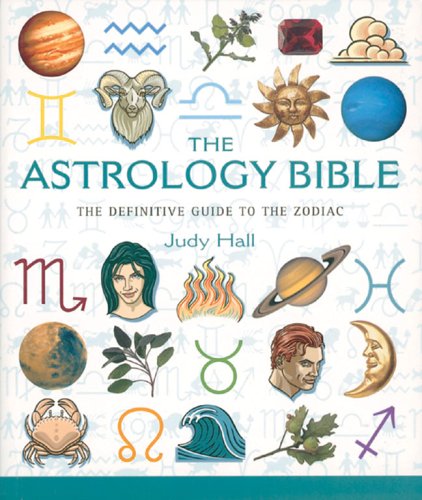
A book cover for The Astrology Bible: The Definitive Guide to the Zodiac; Judy Hall; Religion & Spirituality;